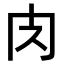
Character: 𮌇